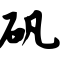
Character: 矾